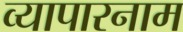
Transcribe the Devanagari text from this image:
व्यापारनाम